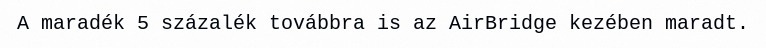
A maradék 5 százalék továbbra is az AirBridge kezében maradt.